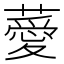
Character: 薆